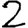
Digit: 2